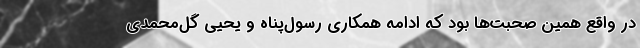
در واقع همین صحبت‌ها بود که ادامه همکاری رسول‌پناه و یحیی گل‌محمدی